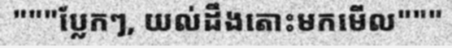
"""ប្លែកៗ, យល់ដឹងតោះមកមើល"""